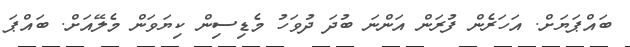
ބައްޕަޔަށް. އަހަރެން ފުރަން އަންނަ ބުދަ ދުވަހު މެޑިސިން ކިޔަވަން މެލޭއަށް. ބައްޕަ